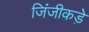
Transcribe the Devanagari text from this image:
जिंजीकड़े